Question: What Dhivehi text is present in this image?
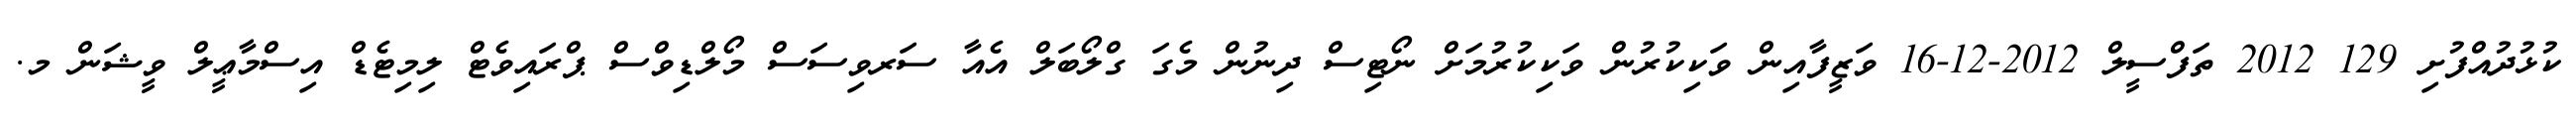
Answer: ކުޅުދުއްފުށި 129 2012 ތަފްސީލް 2012-12-16 ވަޒީފާއިން ވަކިކުރުން ވަކިކުރުމަށް ނޯޓިސް ދިނުން މެގަ ގްލޯބަލް އެއާ ސަރވިސަސް މޯލްޑިވްސް ޕްރައިވެޓް ލިމިޓެޑް އިސްމާޢީލް ވީޝަން މ.